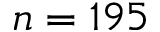
n = 1 9 5